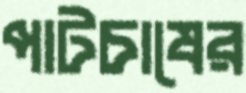
পাটচাষের